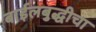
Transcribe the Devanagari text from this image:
बाईलबुद्धीचा